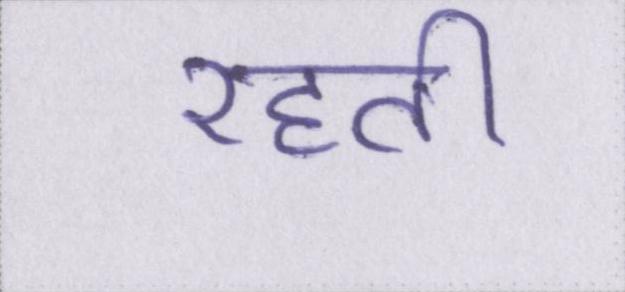
रहती